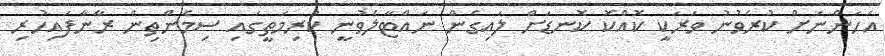
އަހަންނަށް ކުރެވުނު ވަރަކީ ކޮއްކޮ ކޮނޑަށް ލައިގެން ނައްޓާލެވުނީ ކުރިމަތީގައި ސިމެންތިން ރާނާފައިހުރި